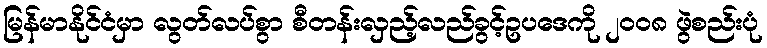
မြန်မာနိုင်ငံမှာ လွတ်လပ်စွာ စီတန်းလှည့်လည်ခွင့်ဥပဒေကို ၂၀၀၈ ဖွဲစည်းပုံ